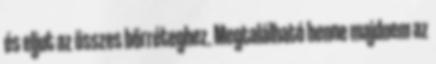
és eljut az összes bőrréteghez. Megtalálható benne majdnem az